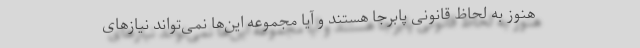
هنوز به لحاظ قانونی پابرجا هستند و آیا مجموعه این‌ها نمی‌تواند نیازهای